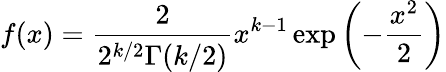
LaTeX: f(x)={\frac{2}{2^{k/2}\Gamma(k/2)}}x^{k-1}\exp\left(-{\frac{x^{2}}{2}}\right)